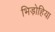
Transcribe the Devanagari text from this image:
भिड़ोहिया